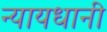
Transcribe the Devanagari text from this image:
न्यायधानी